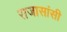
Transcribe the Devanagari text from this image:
राजासांसी